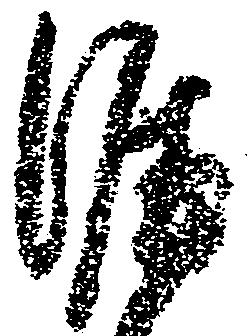
涯